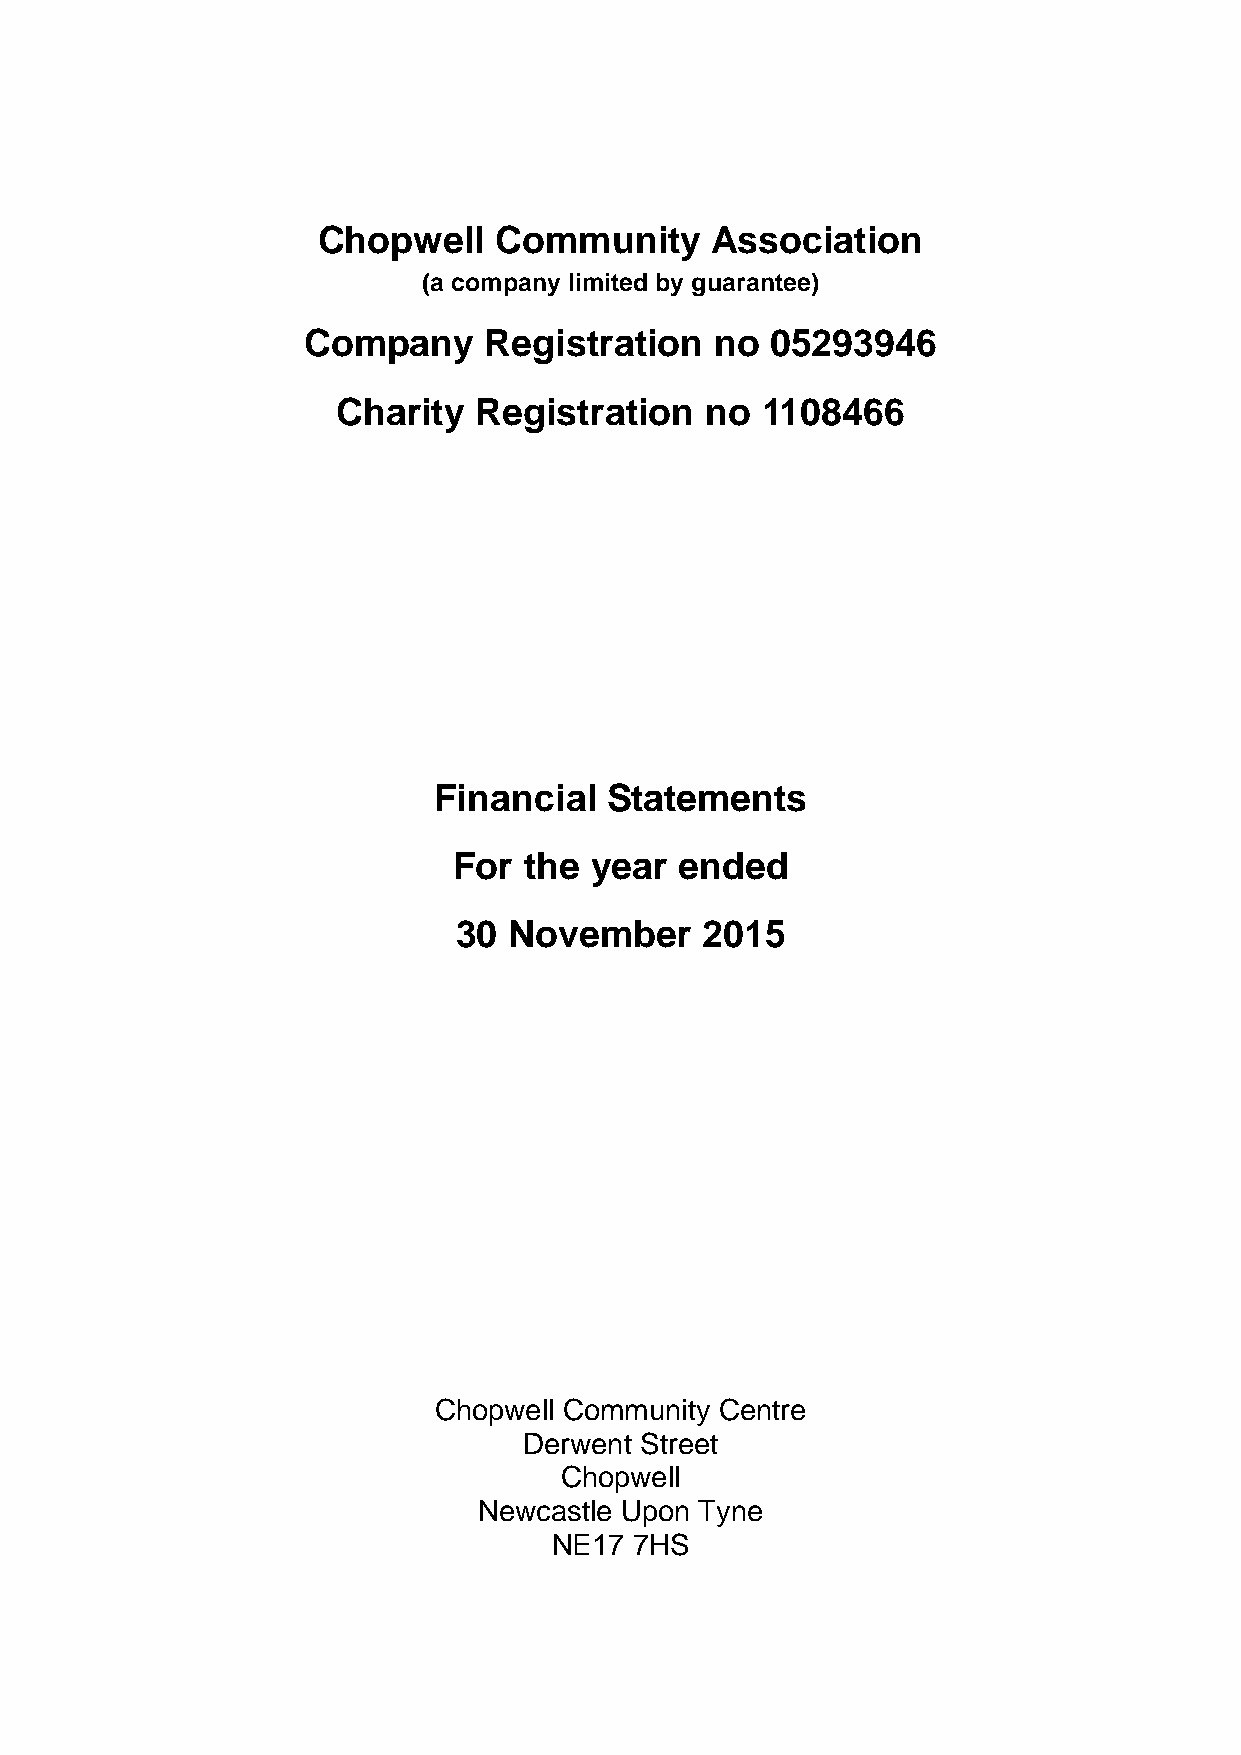
Chopwell    Community     Association
 (a company limited by guarantee)
 Company     Registration   no  05293946
 Charity  Registration    no 1108466
 Financial  Statements
 For  the year  ended
 30  November    2015
 Chopwell Community Centre
 Derwent Street
 Chopwell
 Newcastle Upon Tyne
 NE17 7HS